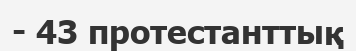
- 43 протестанттық